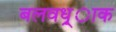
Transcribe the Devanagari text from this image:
बलवध्र्ाक